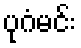
ပုဂံမင်း